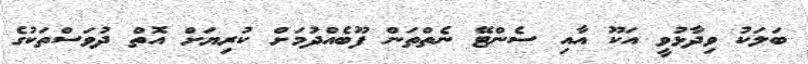
ބަލަކު ވިދާޅުވީ އަކޫ އާއި ސެންޓޭ ނެތްތަން ފޫބެއްދުމަށް ކުރިޔަށް އޮތް ދުވަސްތަކުގެ